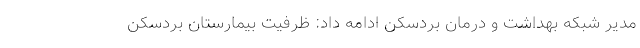
مدیر شبکه بهداشت و درمان بردسکن ادامه داد: ظرفیت بیمارستان بردسکن